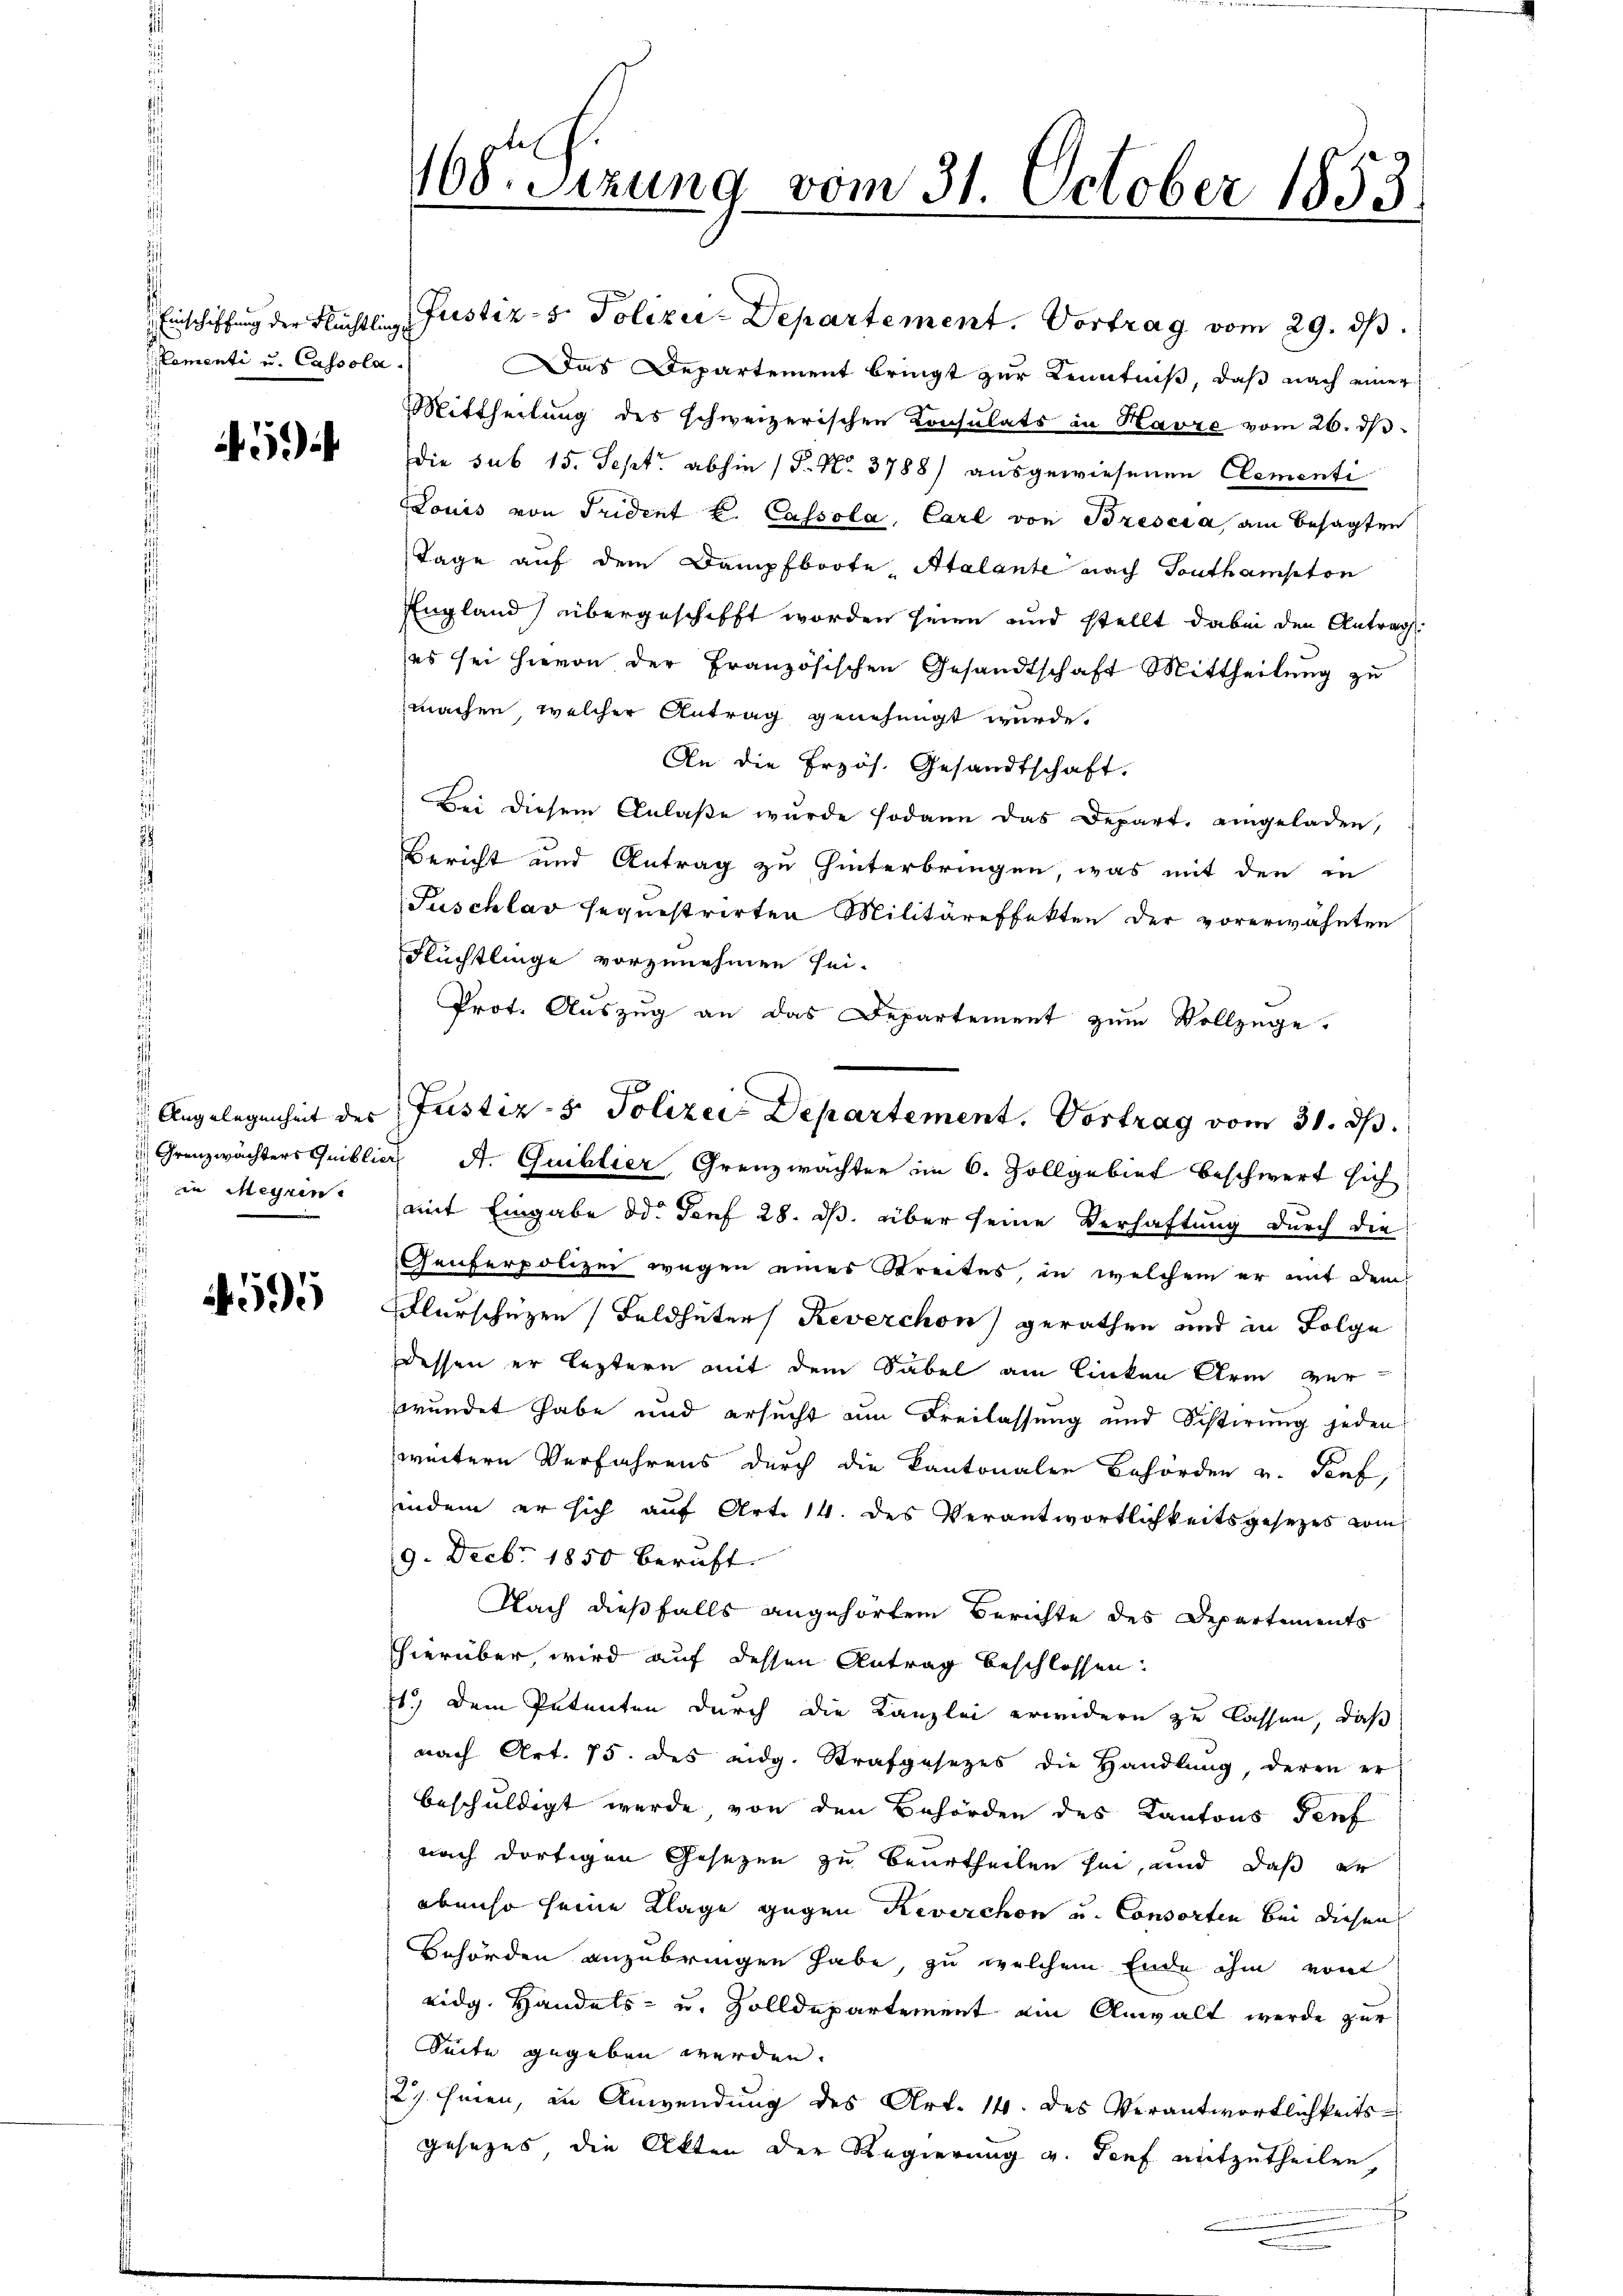
Cementi u. Cassola

¬

i in Meyrin

595

108. Sitzung vom 31. October 1853

Einschiffung der Flüchtling Justiz- & Polizei-Departement. Vortrag vom 29. ds.
Das Departement bringt zur Kenntniß, daß nach einer
Mittheilung des schweizerischen Consulats in Havre vom 26. ds.
die sub 15. Sept. abhin (T. No. 3788) ausgewiesenen Clementi
LLouis von Frident k. Cassola, Carl von Brescia am besagten
Tage auf dem Dampfboote" Atalante nach Southampton
England) übergeschifft worden seien und stellt dabei den Antrag
(es sei hievon der Französischen Gesandtschaft Mittheilung zu
machen, welcher Antrag genehmigt wurde.
An die Przös. Gesandtschaft.
Bei diesem Anlaße wurde sodann das Depart. eingeladen,
Bericht und Antrag zu hinterbringen, was mit den in
Puschlav sequestrirten Militäreffekten der vorerwähnten
Flüchtlinge vorzunehmen sei.
Prot. Auszug an das Departement zum Vollzüge.
mit Eingabe od. Torf 28. ds. über seine Verhaftung durch die
Genferpolizei wegen eines Streites, in welchem er mit dem
Flurschützen Feldhüter Reverchon gerathen und in Folge
dessen er leztern mit dem Säbel am linken Arm ver
srundet habe und ersucht um Freilassung und Schlierung jeden
weitern Verfahrens durch die Kantonalen Behörden v. Paf,
indem er sich auf Art. 14. des Verantwortlichkeitsgesezes vom
9. Decbr. 1850 beruft. |
Nach dießfalls angehörtem Berichte des Departements
hierüber, wird auf dessen Antrag beschlossen:
E.) Dem Petenten durch die Kanzlei erwidern zu lassen, daß
nach Art. 75. des eidg. Strafgesezes die Handlung, deren er
beschuldigt werde, von den Behörden des Kantons Teuf
nach dortigen Gesezen zu beurtheilen sei, und daß er
ebenso seine Klage gegen Reverschon und Consorten bei diesen
Behörden anzubringen habe, zu welchem Ende ihm von
eidg. Handels- und Zolldepartement ein Anwalt werde zur
Seite gegeben werden.
27 hinnen, in Anwendung des Art. 14. des Verantwortlichkeits-
gesezes, die Akten der Regierung v. Genf mitzutheilen,

Angelegenheit der Justiz- & Polizei Departement. Vortrag vom 31. ds.
 Grenzwächters Quibliot A. Guillier Grenzwachter im 6. Zollgebiet beschwert sich